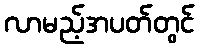
လာမည့်အပတ်တွင်